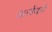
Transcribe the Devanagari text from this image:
अर्जवर्ग